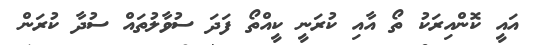
އައީ ކޮންއިރަކު ތޯ އާއި ކުރަނީ ކީއްތޯ ފަދަ ސުވާލުތައް ސުދާ ކުރަން